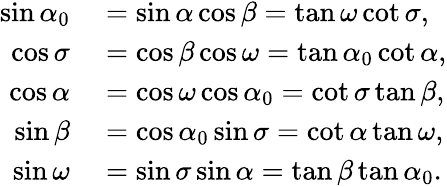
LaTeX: \begin{array}{rl}{\sin\alpha_{0}}&{{}=\sin\alpha\cos\beta=\tan\omega\cot\sigma,}\\ {\cos\sigma}&{{}=\cos\beta\cos\omega=\tan\alpha_{0}\cot\alpha,}\\ {\cos\alpha}&{{}=\cos\omega\cos\alpha_{0}=\cot\sigma\tan\beta,}\\ {\sin\beta}&{{}=\cos\alpha_{0}\sin\sigma=\cot\alpha\tan\omega,}\\ {\sin\omega}&{{}=\sin\sigma\sin\alpha=\tan\beta\tan\alpha_{0}.}\end{array}